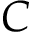
C